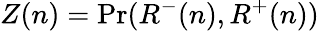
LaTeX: Z(n)=\operatorname{\mathrm{Pr}}(R^{-}(n),R^{+}(n))